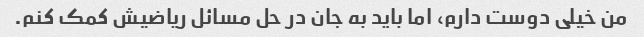
من خیلی دوست دارم، اما باید به جان در حل مسائل ریاضیش کمک کنم.